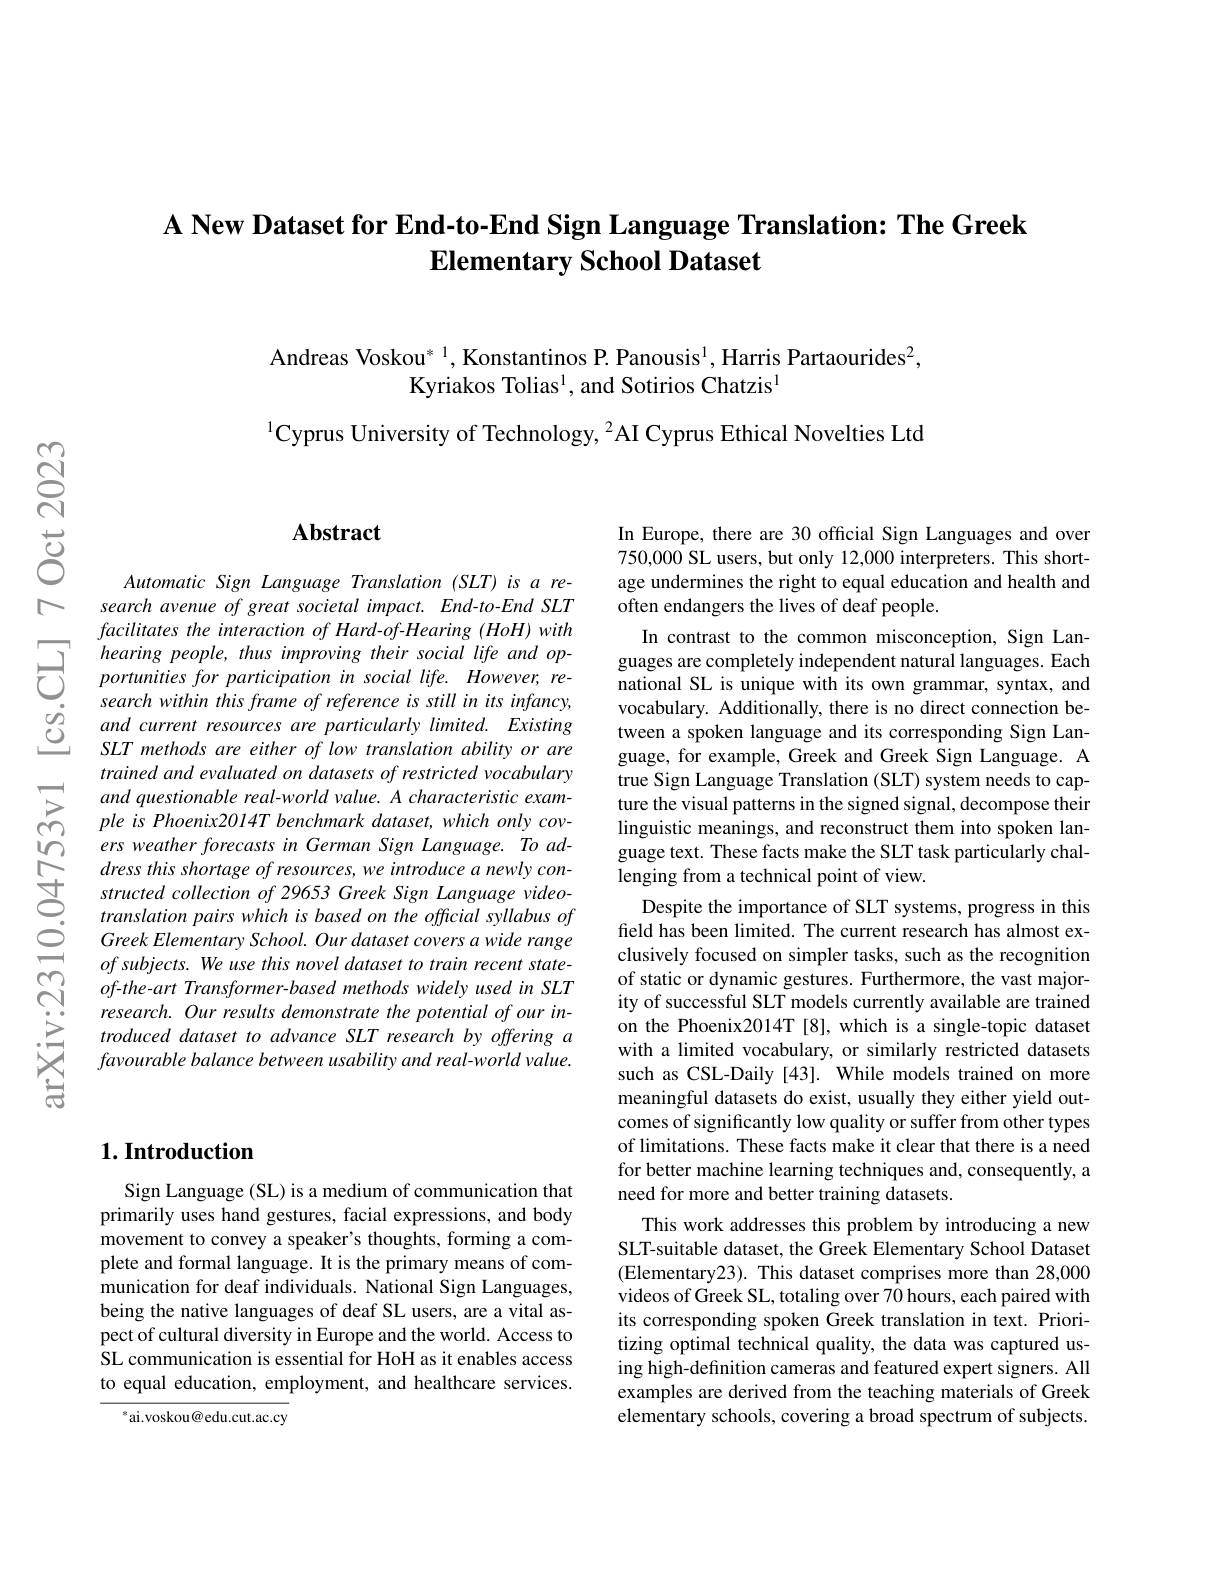
A New Dataset for End-to-End Sign Language Translation: The Greek
Elementary School Dataset

Andreas Voskou* $^{1}$, Konstantinos P. Panousis$^1$, Harris Partaourides$^2$,
Kyriakos Tolias$^1$, and Sotirios Chatzis$^{1}$

$^{1}$Cyprus University of Technology, $^2$AI Cyprus Ethical Novelties Ltd

## $\mathbf{Abstract}$

Automatic Sign Language Translation (SLT) is a research avenue of great societal impact. End-to-End SLT facilitates the interaction of Hard-of-Hearing (HoH) with
hearing people, thus improving their social life and op- portunities for participation in social life. However, re- search within this frame of reference is still in its infancy
search within this frame of reference is still in its infancy, and current resources are particularly limited. Existing SLT methods are either of low translation ability or are trained and evaluated on datasets of restricted vocabulary and questionable real-world value. A characteristic example is Phoenix2014T benchmark dataset, which only covers weather forecasts in German Sign Language. To address this shortage of resources, we introduce a newly constructed collection of 29653 Greek Sign Language videotranslation pairs which is based on the official syllabus of Greek Elementary School. Our dataset covers a wide range $ofsubjects.We use this novel dataset to train recent state-$ $of$-the-art Transformer-based methods widely used in SLT research. Our results demonstrate the potential of our introduced dataset to advance SLT research by offering a $favourable balance between usability and real-world value.$

In Europe, there are 30 official Sign Languages and over 750,000 SL users, but only 12,000 interpreters. This shortage undermines the right to equal education and health and often endangers the lives of deaf people.
In contrast to the common misconception, Sign Languages are completely independent natural languages. Each national SL is unique with its own grammar, syntax, and vocabulary. Additionally, there is no direct connection between a spoken language and its corresponding Sign Language, for example, Greek and Greek Sign Language. A true Sign Language Translation (SLT) system needs to capture the visual patterns in the signed signal, decompose their linguistic meanings, and reconstruct them into spoken language text. These facts make the SLT task particularly challenging from a technical point of view.
Despite the importance of SLT systems, progress in this field has been limited. The current research has almost exclusively focused on simpler tasks, such as the recognition of static or dynamic gestures. Furthermore, the vast majority of successful SLT models currently available are trained on the Phoenix2014T[8], which is a single-topic dataset with a limited vocabulary, or similarly restricted datasets such as CSL-Daily [43]. While models trained on more meaningful datasets do exist, usually they either yield outcomes of significantly low quality or suffer from other types of limitations. These facts make it clear that there is a need for better machine learning techniques and, consequently, a need for more and better training datasets.
This work addresses this problem by introducing a new SLT-suitable dataset, the Greek Elementary School Dataset (Elementary23). This dataset comprises more than 28,000 videos of Greek SL, totaling over $7\hat{0}$ hours, each paired with its corresponding spoken Greek translation in text. Prioritizing optimal technical quality, the data was captured using high-definition cameras and featured expert signers. All examples are derived from the teaching materials of Greek elementary schools, covering a broad spectrum of subjects.

# $1. \textbf{Introduction}$

Sign Language (SL) is a medium of communication that primarily uses hand gestures, facial expressions, and body movement to convey a speaker's thoughts, forming a complete and formal language. It is the primary means of communication for deaf individuals. National Sign Languages, being the native languages of deaf SL users, are a vital aspect of cultural diversity in Europe and the world. Access to SL communication is essential for HoH as it enables access to equal education, employment, and healthcare services.

$^{*}$ai.voskou@edu.cut.ac.cy